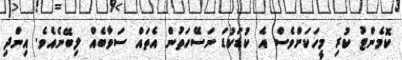
ކޮމެންޓު ކުރި މީހަކަށްވެސް އެ ކުޑަކުޑަ ނަސޭހަތުން އެތައް ސަވާބެއް ލިބޭނެއެވެ. އިންދި